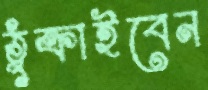
ঠুক্‌রাইবেন